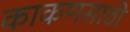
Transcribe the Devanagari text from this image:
काकणसाठी